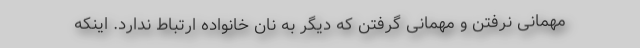
مهمانی نرفتن و مهمانی گرفتن که دیگر به نان خانواده ارتباط ندارد. اینکه